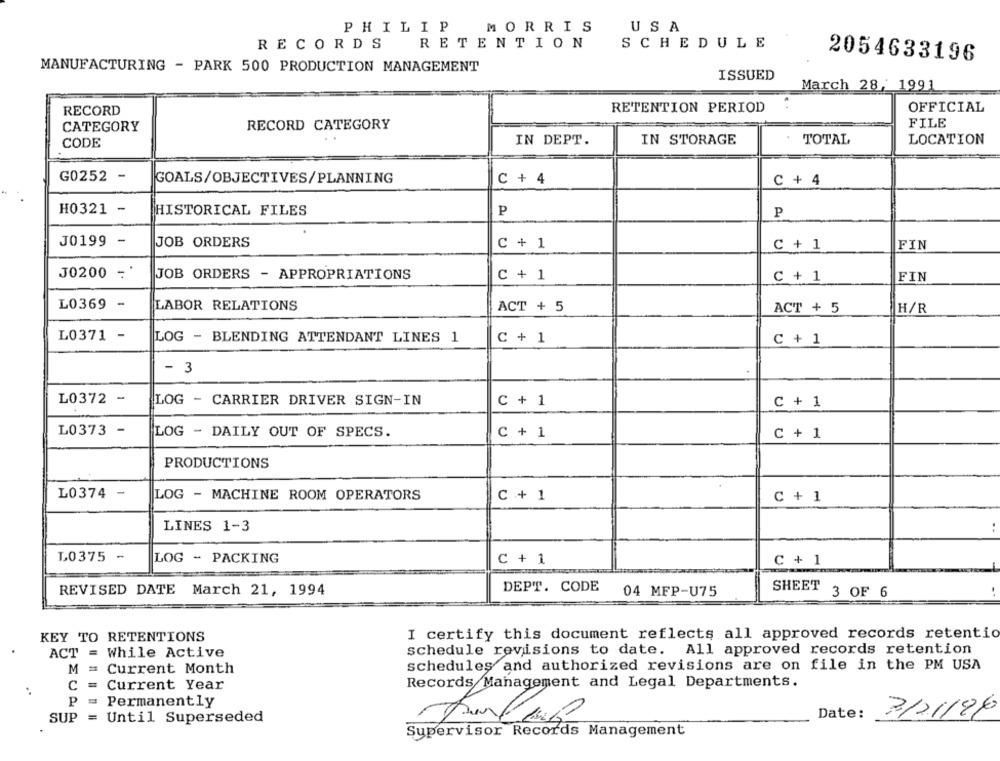
PHILIP
MORRIS
USA
RETENTION
SCHEDULE
RECORDS
2054633196
MANUFACTURING - PARK 500 PRODUCTION MANAGEMENT
ISSUED
March 28, 1991
RECORD
RETENTION PERIOD
OFFICIAL
CATEGORY
RECORD CATEGORY
FILE
CODE
IN DEPT.
IN STORAGE
TOTAL
LOCATION
G0252 -
GOALS/OBJECTIVES/PLANNING
C + 4
C + 4
H0321 -
HISTORICAL FILES
P
P
J0199 -
JOB ORDERS
C + 1
C + 1
FIN
J0200 -*
JOB ORDERS - APPROPRIATIONS
C + 1
C + 1
FIN
L0369 -
LABOR RELATIONS
ACT + 5
ACT + 5
H/R
L0371 -
LOG - BLENDING ATTENDANT LINES 1
C + 1
C + 1
- 3
L0372 -
LOG - CARRIER DRIVER SIGN-IN
C + 1
C + 1
L0373 -
LOG - DAILY OUT OF SPECS.
C + 1
C + 1
PRODUCTIONS
L0374 -
LOG - MACHINE ROOM OPERATORS
C + 1
C + 1
LINES 1-3
L0375 -
LOG - PACKING
C + 1
C + 1
REVISED DATE March 21, 1994
DEPT. CODE
04 MFP-U75
SHEET 3 OF 6
KEY TO RETENTIONS
I certify this document reflects all approved records retentio
ACT = While Active
schedule revisions to date. All approved records retention
Current Month
schedules and authorized revisions are on file in the PM USA
C = Current Year
Records Management and Legal Departments.
P =
Permanently
Date:
7/21/96
SUP = Until Superseded
Supervisor Records Management